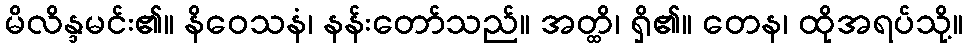
မိလိန္ဒမင်း၏။ နိဝေသနံ၊ နန်းတော်သည်။ အတ္ထိ၊ ရှိ၏။ တေန၊ ထိုအရပ်သို့။